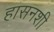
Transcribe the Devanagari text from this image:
हासनशी